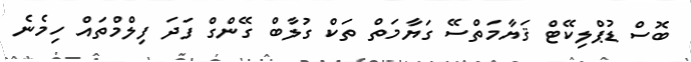
ބޮސް ޑުޕްލިކޭޓް ޤަޔާމަތްސޭ ގަޔާމަތް ތަކް ގުލާބް ގޭންގް ފަދަ ފިލްމްތައް ހިމެނެ